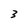
Character: 3